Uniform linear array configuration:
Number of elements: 16
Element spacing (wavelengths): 0.25
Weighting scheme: uniform
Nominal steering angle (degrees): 15
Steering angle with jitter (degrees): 16.993
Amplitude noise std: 0.05
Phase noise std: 0.05

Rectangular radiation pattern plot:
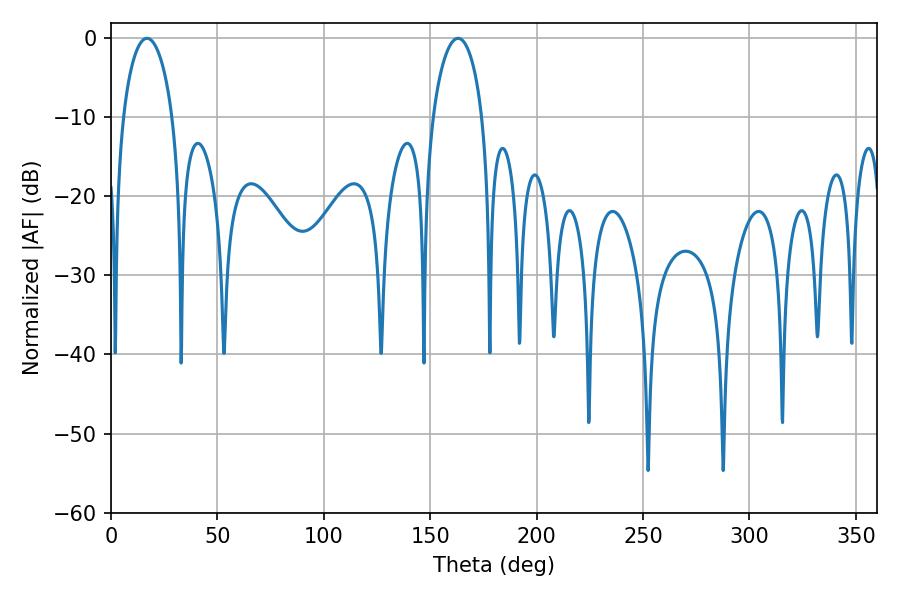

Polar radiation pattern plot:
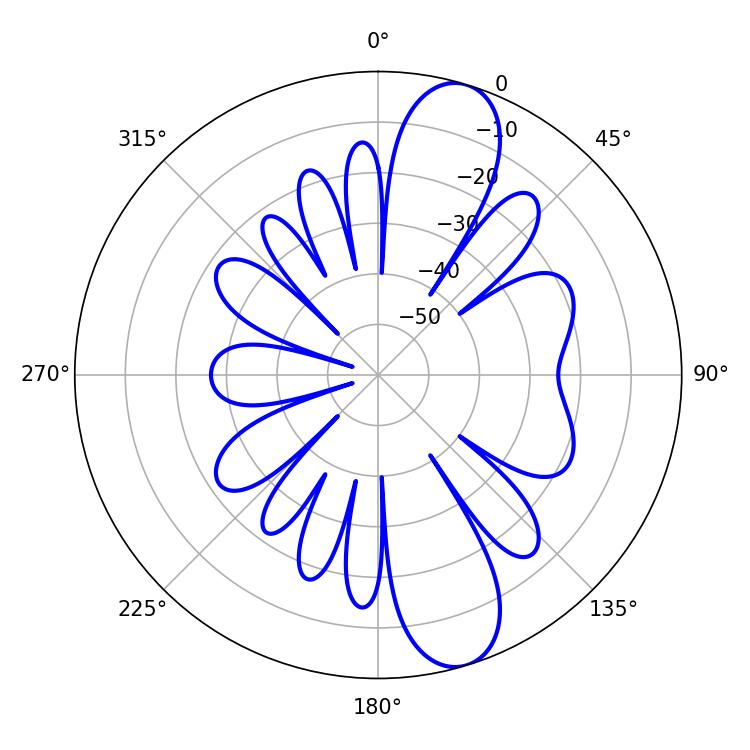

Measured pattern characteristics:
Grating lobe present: FALSE
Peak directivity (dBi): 11.117
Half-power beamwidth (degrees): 13.32
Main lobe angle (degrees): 16.92